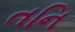
તનિ